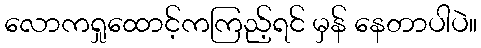
လောကရှုထောင့်ကကြည့်ရင် မှန် နေတာပါပဲ။